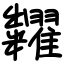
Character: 糶